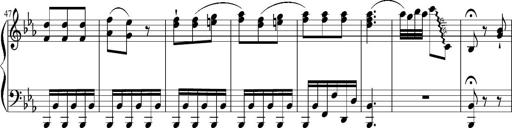
Title: 12 Sonatinas for Piano
Composer: Johann Baptist Vanhal